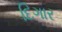
દિગાર